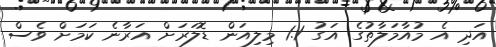
އަދި އެ މުއާމަލާތުގެ އަގު 1.1 މިލިއަން ޑޮލަރަށް އަރާނެ ކަމަށް ވެސް